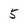
Character: 5